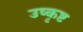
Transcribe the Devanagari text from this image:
उष्कृष्ट